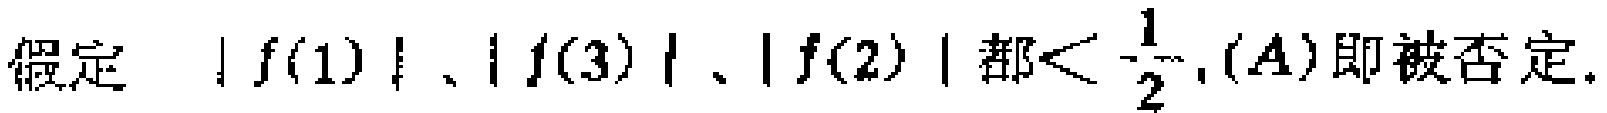
假定 \(|f(1)|、|f(3)|、|f(2)|\) 都\(<\frac{1}{2}\), \((A)\)即被否定.